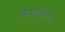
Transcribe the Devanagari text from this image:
मेनुपुलेटिव